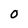
Character: O